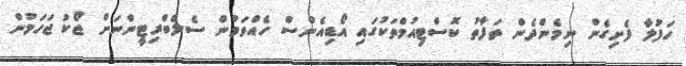
ހަފުލާ ފެށިގެން ނިމެންދެން ތަފާތު ކޮސްޓިއުމްތަކުގައި އޯޑިއެންސް ހެއްވަމުން ސެލެބްރިޓީންނަށް ޖޯކު ޖަހަމުން